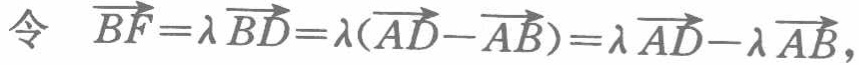
令 $\overrightarrow{BF}=\lambda\overrightarrow{BD}=\lambda(\overrightarrow{AD}-\overrightarrow{AB})=\lambda\overrightarrow{AD}-\lambda\overrightarrow{AB}$，